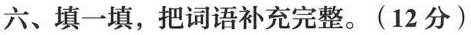
六、填一填，把词语补充完整。(12分)